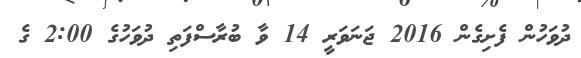
ދުވަހުން ފެށިގެން 2016 ޖަނަވަރީ 14 ވާ ބުރާސްފަތި ދުވަހުގެ 2:00 ގެ